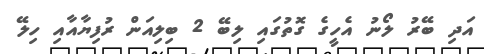
އަދި ބޭރު ލޯނު އެހީގެ ގޮތުގައި ލިބޭ 2 ބިލިއަން ރުފިޔާއާއި ހިލޭ